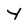
Character: Y